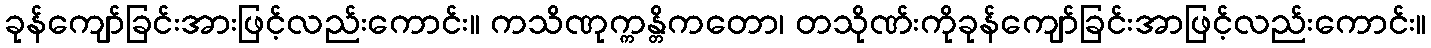
ခုန်ကျော်ခြင်းအားဖြင့်လည်းကောင်း။ ကသိဏုက္ကန္တိကတော၊ တသိုဏ်းကိုခုန်ကျော်ခြင်းအာဖြင့်လည်းကောင်း။